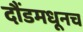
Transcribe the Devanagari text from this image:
दौंडमधूनच